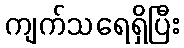
ကျက်သရေရှိပြီး